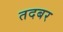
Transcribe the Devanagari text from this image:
तदबर